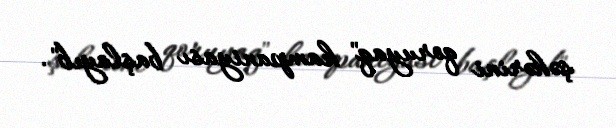
şəhərini qoruyaq" kampaniyası başlayıb".